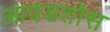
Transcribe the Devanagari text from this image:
आवडतोस